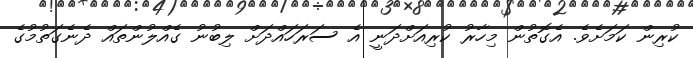
ކުރިން ކަމަށެވެ. އެގޮތުން މިހާރު ކުރިއަށްދަނީ އެ ސަރަހައްދަށް ލިބުނު ގެއްލުންތައް ދެނެގަތުމުގެ